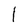
Character: l